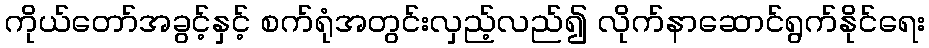
ကိုယ်တော်အခွင့်နှင့် စက်ရုံအတွင်းလှည့်လည်၍ လိုက်နာဆောင်ရွက်နိုင်ရေး